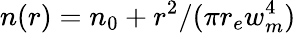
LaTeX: n(r)=n_{0}+r^{2}/(\pi r_{e}w_{m}^{4})